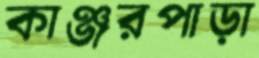
কাঞ্জরপাড়া